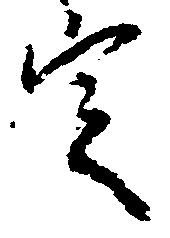
定